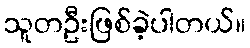
သူတဦးဖြစ်ခဲ့ပါတယ်။